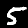
Digit: 5